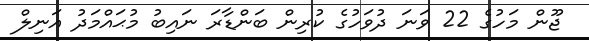
ޖޫން މަހުގެ 22 ވަނަ ދުވަހުގެ ކުރިން ބަންޑާރަ ނައިބު މުޙައްމަދު އަނިލް